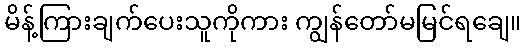
မိန့်ကြားချက်ပေးသူကိုကား ကျွန်တော်မမြင်ရချေ။